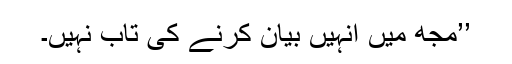
’’مجھ میں انہیں بیان کرنے کی تاب نہیں۔